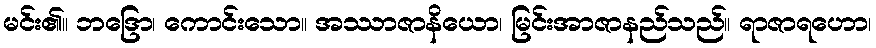
မင်း၏။ ဘဒြော၊ ကောင်းသော။ အဿာဇာနိယော၊ မြင်းအာဇာနည်သည်။ ရာဇာရဟော၊